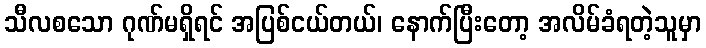
သီလစသော ဂုဏ်မရှိရင် အပြစ်ငယ်တယ်၊ နောက်ပြီးတော့ အလိမ်ခံရတဲ့သူမှာ